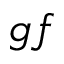
g f